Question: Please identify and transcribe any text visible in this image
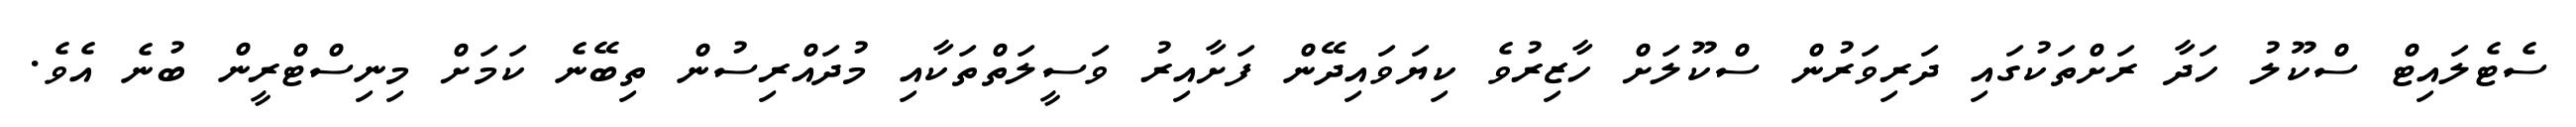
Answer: ސެޓެލައިޓް ސްކޫލު ހަދާ ރަށްތަކުގައި ދަރިވަރުން ސްކޫލަށް ހާޒިރުވެ ކިޔަވައިދޭން ފަށާއިރު ވަސީލަތްތަކާއި މުދައްރިސުން ތިބޭނެ ކަމަށް މިނިސްޓްރީން ބުނެ އެވެ.